Annual report on the Civil Veterinary Department, Burma (including the Insein Veterinary School) - 1923-1931
Year: 1923
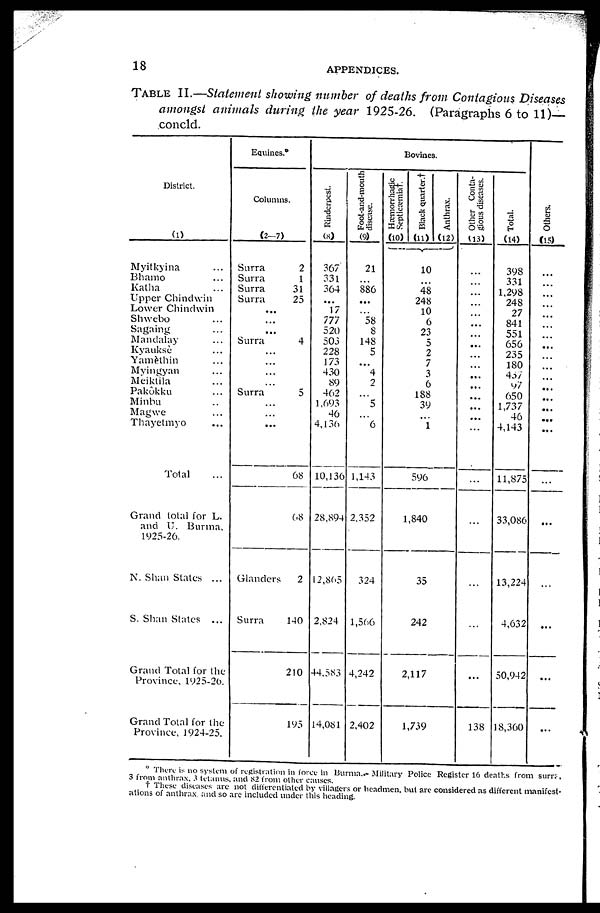
18
APPENDICES.
TABLE II.—Statement showing number of deaths from Contagious
Diseases
amongst
animals
during
the year 1925-26. (Paragraphs 6 to 11)—
concld.
District.
(1)
Myitkyina ...
Bhamo ...
Katha ...
Upper Chindwin
Lower Chindwin
Shwebo ...
Sagaing ...
Mandalay ...
Kyauksè ...
Yamèthin ...
Myingyan ...
Meiktila ...
Pakôkku ...
Minbu ...
Magwe ...
Thayetmyo ...
Total ...
Grand total for L.
and U. Burma,
1925-26.
N. Shan States ...
S. Shan States ...
Grand Total for the
Province, 1925-26.
Grand Total for the
Province, 1924-25.
Equines.*
Columns.
(2-7)
Surra
Surra
Surra
Surra
...
...
...
Surra
...
...
...
Surra
...
...
...
Glanders
Surra
2
1
31
25
4
5
68
68
2
140
210
195
Bovines.
Rinderpest.
(8)
367
331
364
...
17
777
520
503
228
173
430
89
462
1,693
46
4,136
10,136
28,894
12,865
2,824
44,583
14,081
Foot-and-mouth
disease.
(9)
21
...
886
...
...
58
8
148
5
...
4
2
...
5
...
6
1,143
2,352
324
1,566
4,242
2,402
Hæmorrhagic
Septicæmia†.
(10)
Black quarter.†
(11)
10
...
48
248
10
6
23
5
2
7
3
6
188
39
...
1
596
1,840
35
242
2,117
1,739
Anthrax.
(12)
Other Conta-
gious diseases.
(13)
...
...
...
...
...
...
...
...
...
...
...
...
...
...
...
...
...
...
...
...
...
138
Total.
(14)
398
331
1,298
248
27
841
551
656
235
180
437
97
650
1,737
46
4,143
11,875
33,086
13,224
4,632
50,942
18,360
Ot her s .
(15)
...
...
...
...
...
...
...
...
...
...
...
...
...
...
...
...
...
...
...
...
...
...
* There is no system of registration in force in Burma.— Military Police Register 16 deaths from surra,
3 from anthrax, 3 tetanus, and 82 from other causes.
† These diseases are not differentiated by villagers or headmen, but arc considered as different manifest-
ations of anthrax, and so are included under this heading.